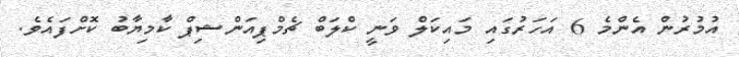
އުމުރުން އެންމެ 6 އަހަރުގައި މައިކަލް ވަނީ ކްލަބް ޗެމްޕިއަންޝިޕް ކާމިޔާބު ކޮށްފައެވެ.